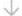
\downarrow